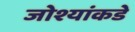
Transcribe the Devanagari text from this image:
जोश्यांकडे